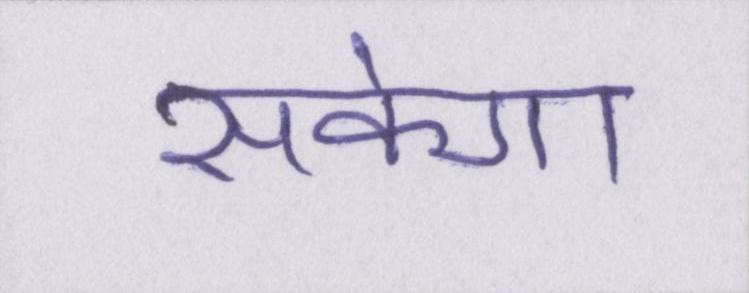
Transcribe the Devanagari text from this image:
सकेगा